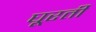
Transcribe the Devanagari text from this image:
घूरती